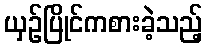
ယှဉ်ပြိုင်ကစားခဲ့သည့်